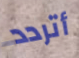
أتردد